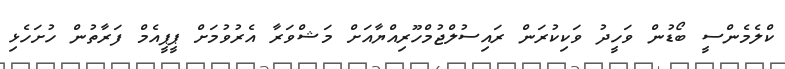
ކްލެމެންސީ ބޯޑުން ވަހީދު ވަކިކުރަން ރައިސުލްޖުމްހޫރިއްޔާއަށް މަޝްވަރާ އެރުވުމަށް ޕީޕީއެމް ފަރާތުން ހުށަހެޅި